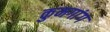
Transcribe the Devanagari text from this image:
कुमगांग